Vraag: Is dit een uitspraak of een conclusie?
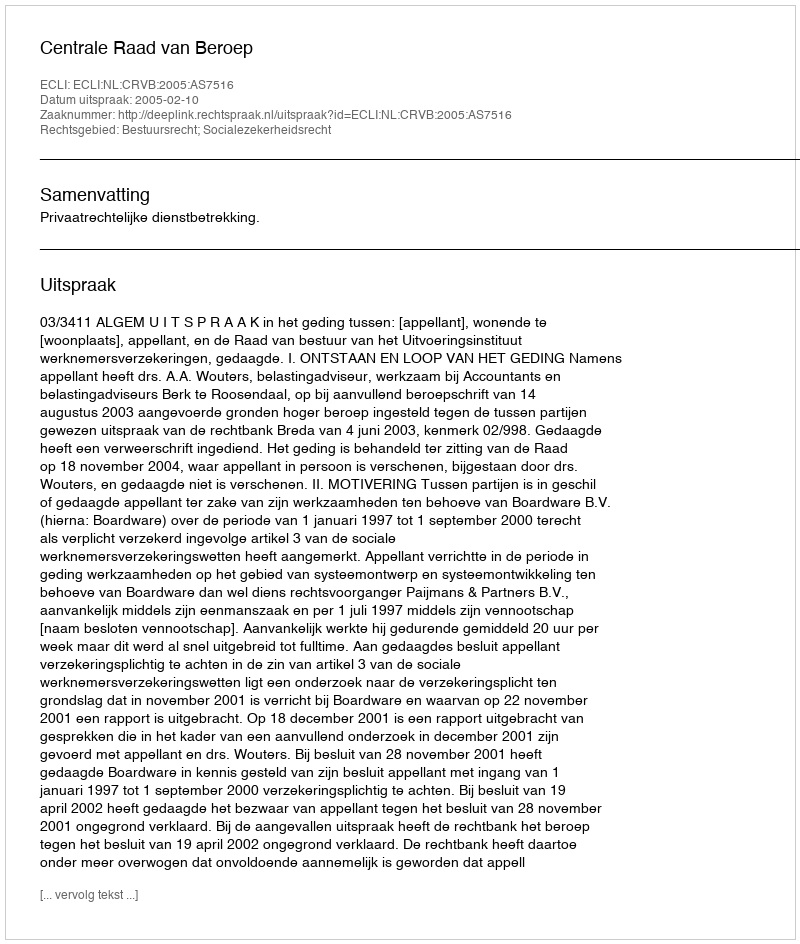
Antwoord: Uitspraak